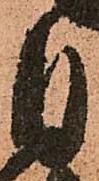
自